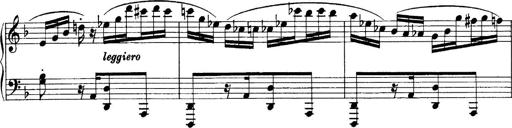
Title: Sonatina No.6
Composer: Ferruccio Busoni